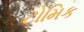
ટોમિક